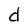
Character: d